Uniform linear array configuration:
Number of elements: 8
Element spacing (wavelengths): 0.5
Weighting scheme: uniform
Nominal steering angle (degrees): -45
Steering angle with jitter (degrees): -43.101
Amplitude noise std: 0.05
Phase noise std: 0.05

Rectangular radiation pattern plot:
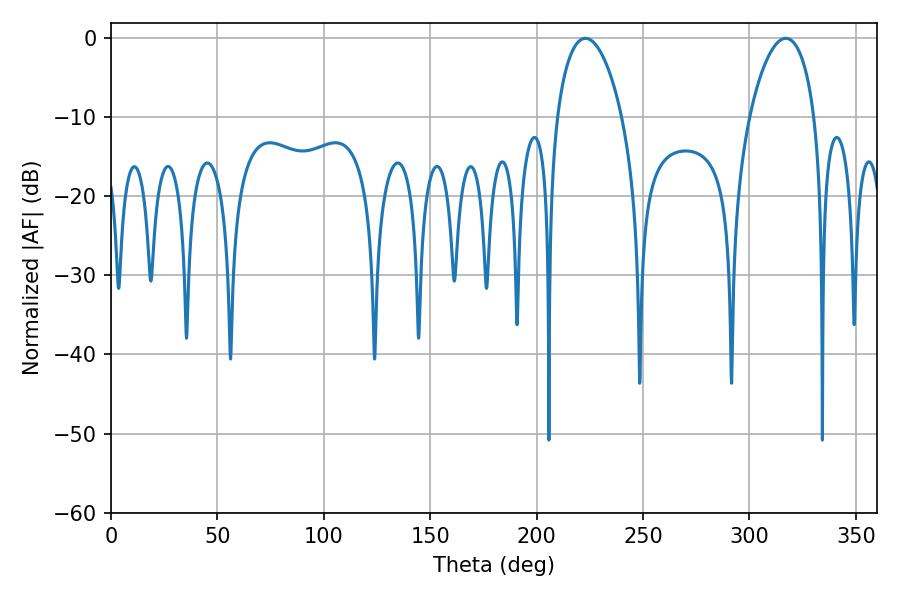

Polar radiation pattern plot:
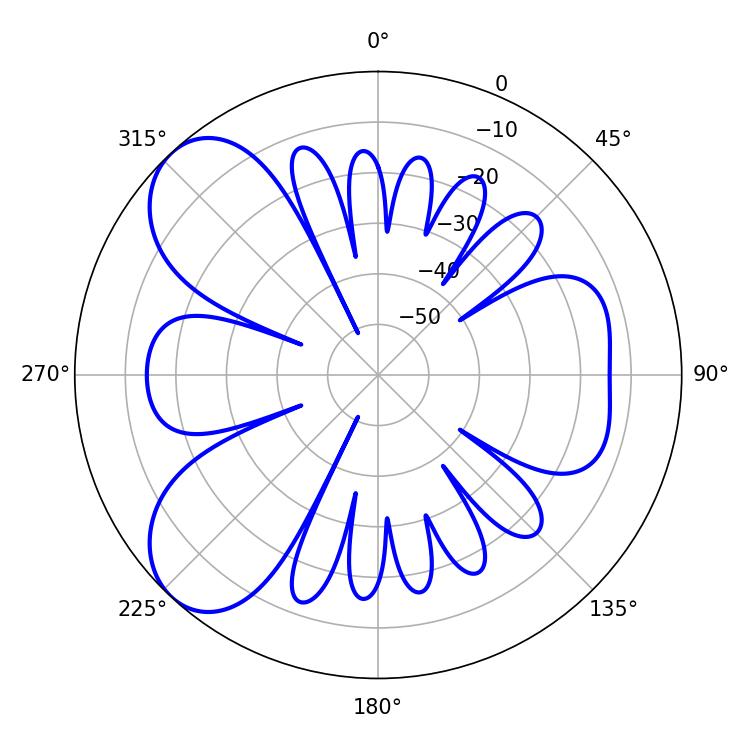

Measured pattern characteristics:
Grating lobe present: FALSE
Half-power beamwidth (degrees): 17.28
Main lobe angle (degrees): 222.84